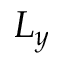
L _ { y }